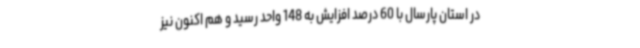
در استان پارسال با 60 درصد افزایش به 148 واحد رسید و هم اکنون نیز